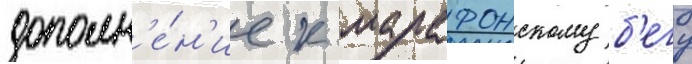
дополн'е́н'ие к марафонскому б'егу